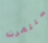
استثمرت